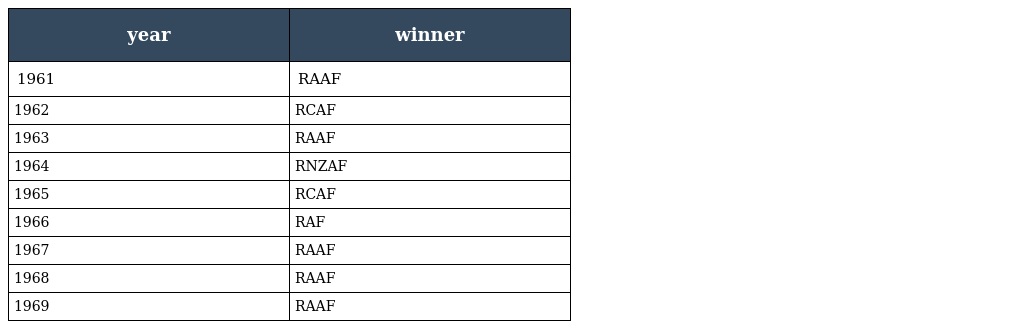
| year | winner |
 | --- | --- |
 | 1961 | RAAF |
 | 1962 | RCAF |
 | 1963 | RAAF |
 | 1964 | RNZAF |
 | 1965 | RCAF |
 | 1966 | RAF |
 | 1967 | RAAF |
 | 1968 | RAAF |
 | 1969 | RAAF |